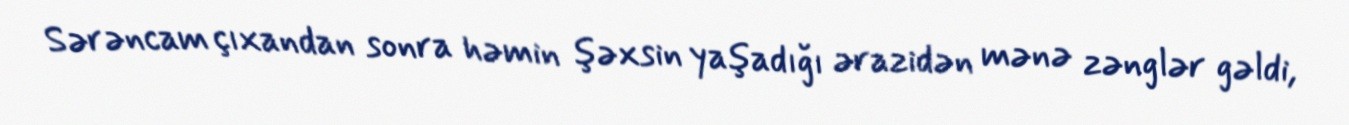
Sərəncam çıxandan sonra həmin şəxsin yaşadığı ərazidən mənə zənglər gəldi,